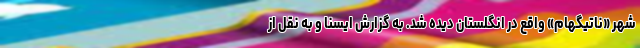
شهر «ناتیگهام» واقع در انگلستان دیده شد. به گزارش ایسنا و به نقل از